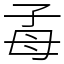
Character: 𣫮